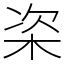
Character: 栥